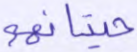
حيتانهم